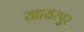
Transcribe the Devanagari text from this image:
खायरपुर